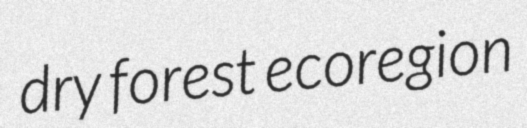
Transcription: dry forest ecoregion